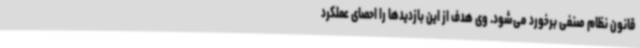
قانون نظام صنفی برخورد می‌شود. وی هدف از این بازدیدها را احصای عملکرد